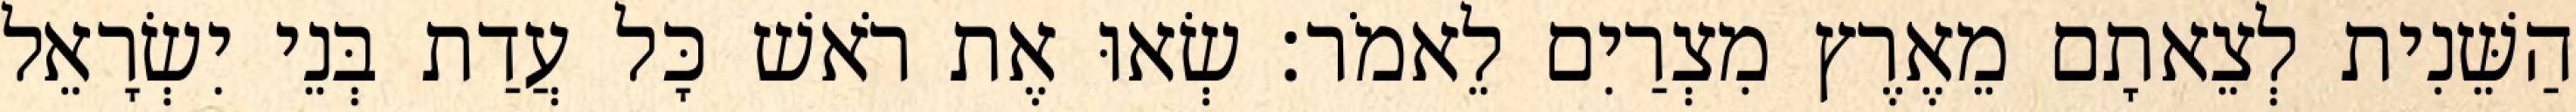
הַשֵּׁנִית לְצֵאתָם מֵאֶרֶץ מִצְרַיִם לֵאמֹר׃ שְׂאוּ אֶת רֹאשׁ כָּל עֲדַת בְּנֵי יִשְׂרָאֵל